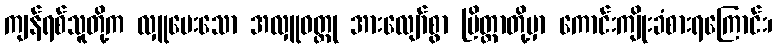
ကျန်ရစ်သူတို့က လှူပေးသော အလှူဝတ္ထု အားလျော်စွာ ပြိတ္တာတို့မှာ ကောင်းကျိုးခံစားရကြောင်း၊